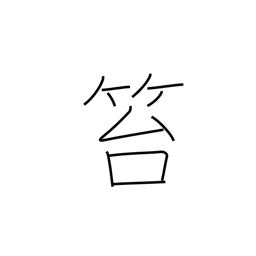
Meaning: crime punishable by flogging